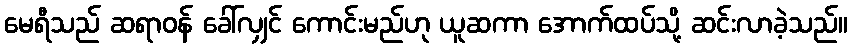
မေရီသည် ဆရာဝန် ခေါ်လျှင် ကောင်းမည်ဟု ယူဆကာ အောက်ထပ်သို့ ဆင်းလာခဲ့သည်။